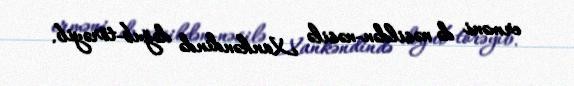
erməni də nəsildən-nəsilə Xankəndində doğub-törəyib.